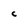
Character: C